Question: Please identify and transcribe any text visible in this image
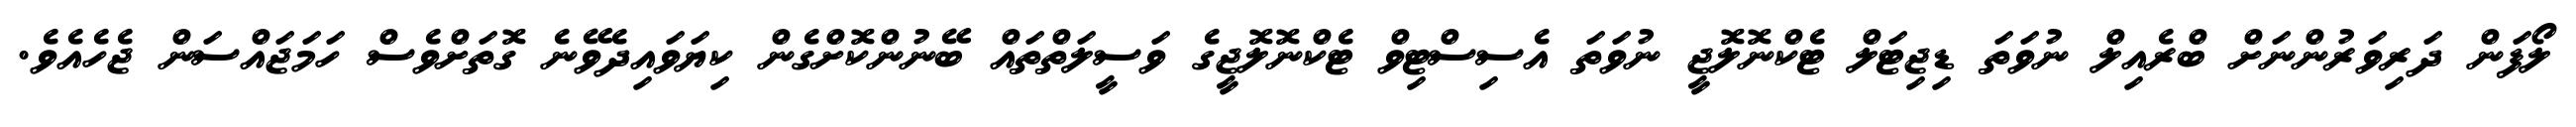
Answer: ލޯފަން ދަރިވަރުންނަށް ބްރެއިލް ނުވަތަ ޑިޖިޓަލް ޓެކްނޮލޮޖީ ނުވަތަ އެސިސްޓިވް ޓެކްނޮލޮޖީގެ ވަސީލަތްތައް ބޭނުންކޮށްގެން ކިޔަވައިދެވޭނެ ގޮތަށްވެސް ހަމަޖައްސަން ޖެހެއެވެ.